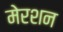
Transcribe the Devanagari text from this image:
मेरशन